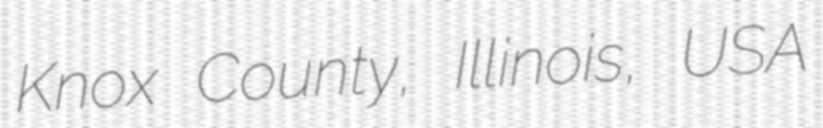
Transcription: Knox County, Illinois, USA